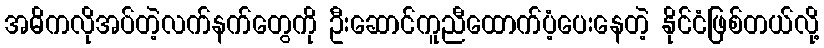
အဓိကလိုအပ်တဲ့လက်နက်တွေကို ဦးဆောင်ကူညီထောက်ပံ့ပေးနေတဲ့ နိုင်ငံဖြစ်တယ်လို့